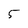
Character: 5